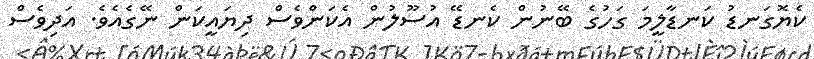
ކެޔޮގަނޑު ކަނޑާލީމަ ގަހުގެ ބޭނުން ކެނޑޭ އުސޫލުން އެކަންވެސް ދިޔައީކަން ނޭގެއެވެ. އަދިވެސް